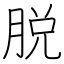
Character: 脱